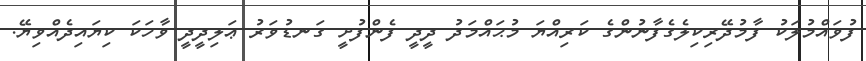
ފުވައްމުލަކު ފާމުދޭރިކިލެގެފާނުންގެ ކަރިއްޔަ މުޙައްމަދު ދީދީ ފެންފުށީ ގަނޑުވަރު ޢަލިދީދީ ވާހަކަ ކިޔައިދެއްވިޔޭ.